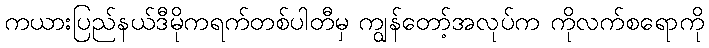
ကယားပြည်နယ်ဒီမိုကရက်တစ်ပါတီမှ ကျွန်တော့်အလုပ်က ကိုလက်စရောကို